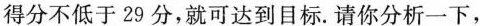
得分不低于29分，就可达到目标。请你分析一下，